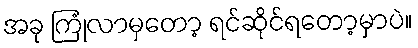
အခု ကြုံလာမှတော့ ရင်ဆိုင်ရတော့မှာပဲ။